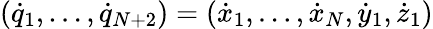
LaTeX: ({\dot{q}}_{1},\dots,{\dot{q}}_{N+2})=({\dot{x}}_{1},\dots,{\dot{x}}_{N},{\dot{y}}_{1},{\dot{z}}_{1})